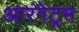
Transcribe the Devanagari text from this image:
आरंगेट्रम